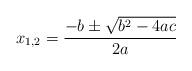
LaTeX: \begin{align*}x_{1,2}=\frac{-b\pm\sqrt{b^2-4ac}}{2a}\end{align*}